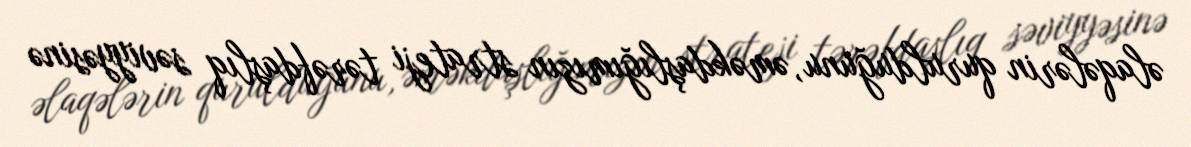
əlaqələrin qurulduğunu, əməkdaşlığımızın strateji tərəfdaşlıq səviyyəsinə